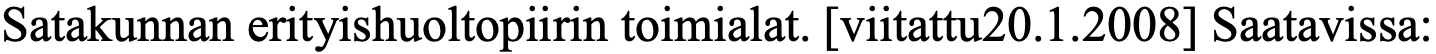
Satakunnan erityishuoltopiirin toimialat. [viitattu20.1.2008] Saatavissa: